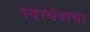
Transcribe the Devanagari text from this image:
स्वरयंत्राचा